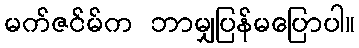
မက်ဇင်မ်က ဘာမျှပြန်မပြောပါ။